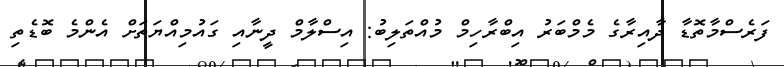
ފަރެސްމާތޮޑާ ދާއިރާގެ މެމްބަރު އިބްރާހިމް މުއްތަލިބު: އިސްލާމް ދީނާއި ގައުމިއްޔަތަށް އެންމެ ބޮޑެތި